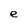
Character: e